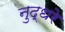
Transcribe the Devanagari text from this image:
नुद्धरे